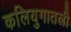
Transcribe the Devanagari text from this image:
कलियुगातली